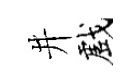
井戲